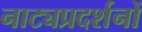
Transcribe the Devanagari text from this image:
नाट्यप्रदर्शनों